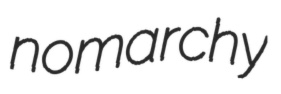
nomarchy